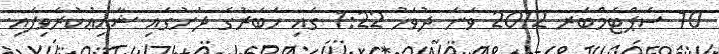
10 ސެޕްޓެމްބަރ 2012 ވަނަ ދުވަހު 1:22 ގައި ޚަބަރުގެ ދަށުގައި ޝާއިޢުކުރެވިފައި.